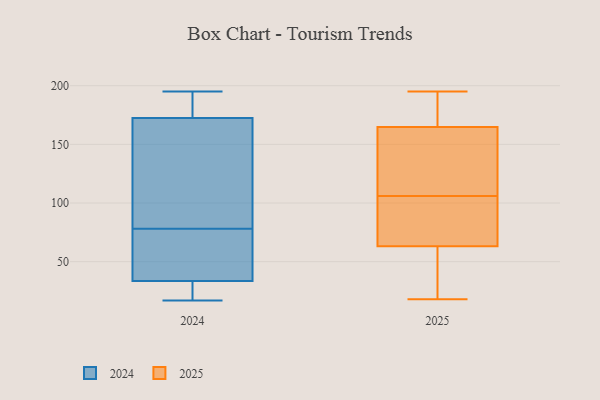
{"axis": {"x": "Conversion Rate (%)", "y": "Value"}, "legend": ["2024", "2025"], "data": [{"x": "", "y": 166, "type": "2025"}, {"x": "", "y": 106, "type": "2025"}, {"x": "", "y": 84, "type": "2025"}, {"x": "", "y": 67, "type": "2025"}, {"x": "", "y": 175, "type": "2025"}, {"x": "", "y": 108, "type": "2025"}, {"x": "", "y": 60, "type": "2025"}, {"x": "", "y": 39, "type": "2025"}, {"x": "", "y": 161, "type": "2025"}, {"x": "", "y": 135, "type": "2025"}, {"x": "", "y": 63, "type": "2025"}, {"x": "", "y": 183, "type": "2025"}, {"x": "", "y": 195, "type": "2025"}, {"x": "", "y": 18, "type": "2025"}, {"x": "", "y": 64, "type": "2025"}, {"x": "", "y": 148, "type": "2024"}, {"x": "", "y": 32, "type": "2024"}, {"x": "", "y": 21, "type": "2024"}, {"x": "", "y": 17, "type": "2024"}, {"x": "", "y": 195, "type": "2024"}, {"x": "", "y": 106, "type": "2024"}, {"x": "", "y": 35, "type": "2024"}, {"x": "", "y": 188, "type": "2024"}, {"x": "", "y": 50, "type": "2024"}, {"x": "", "y": 182, "type": "2024"}, {"x": "", "y": 163, "type": "2024"}, {"x": "", "y": 45, "type": "2024"}]}